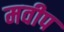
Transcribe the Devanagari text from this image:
मवीप